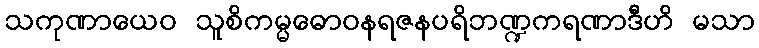
သကုဏာယေဝ သူစိကမ္မဓောဝနရဇနပရိဘဏ္ဍကရဏာဒီဟိ မသာ